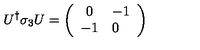
U ^ { \dag } \sigma _ { 3 } U = \left( \begin{array} { c l c r } { 0 } & { - 1 } \\ { - 1 } & { 0 } \\ \end{array} \right)